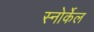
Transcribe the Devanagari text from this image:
स्नोर्केल